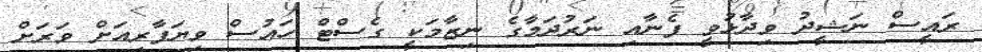
ރައީސް ނަޝީދު ވިދާޅުވީ ފެނާއި ނަރުދަމާގެ ނިޒާމަކީ ގެސްޓް ހައުސް ވިޔަފާރިއަށް ވަރަށް